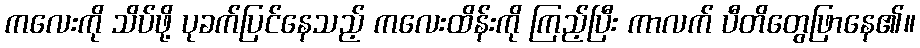
ကလေးကို သိပ်ဖို့ ပုခက်ပြင်နေသည့် ကလေးထိန်းကို ကြည့်ပြီး ကာလက် ပီတိတွေဖြာနေ၏။